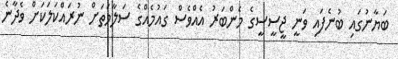
ބަޔާނުގައި ބުނެފައި ވަނީ ޖީސީސީގެ މެންބަރު އެއްވެސް ގައުމެއްގެ ސަލާމަތަށް ނުރައްކަލަކަށް ވެދާނެ